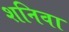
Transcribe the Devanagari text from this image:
शनिवा